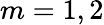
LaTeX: m=1,2